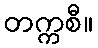
တက္ကစီ။